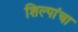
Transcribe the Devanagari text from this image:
शिल्पांचा